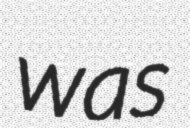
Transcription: was